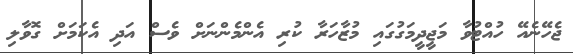
ޖެހޭނެއޭ ހުއްޓުވާ މަޖީދީމަގުގައި މުޒާހަރާ ކުރި އެންމެންނަށް ވެސް އަދި އެކަމަށް ގޮވާލި